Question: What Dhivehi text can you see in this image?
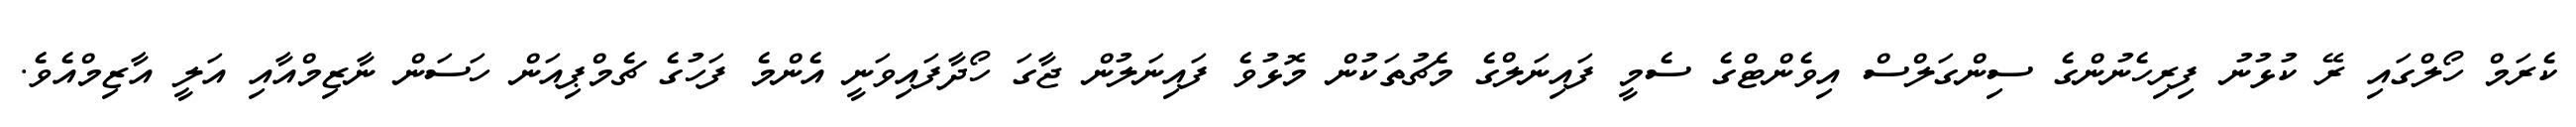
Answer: ކެރަމް ހޯލްގައި ރޭ ކުޅުނު ފިރިހެނުންގެ ސިންގަލްސް އިވެންޓްގެ ސެމީ ފައިނަލްގެ މެޗުތަކުން މޮޅުވެ ފައިނަލުން ޖާގަ ހޯދާފައިވަނީ އެންމެ ފަހުގެ ޗެމްޕިއަން ހަސަން ނާޒިމްއާއި އަލީ އާޒިމްއެވެ.